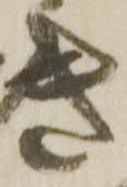
き